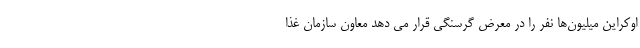
اوکراین میلیون‌ها نفر را در معرض گرسنگی قرار می دهد معاون سازمان غذا